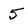
Character: 5